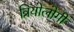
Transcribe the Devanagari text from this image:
त्रियोलोगी